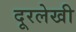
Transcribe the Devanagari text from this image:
दूरलेखी